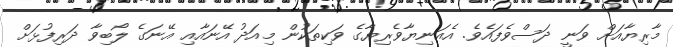
މާރިޔާއަށް ވަނީ ދަސްވެފައެވެ. އެއަނިޔާވެރިޔާގެ ވަކިތަކުން މިއަދު އޭނައާއި އޭނަގެ ލޯބިވާ ދަރިފުޅަށް